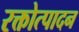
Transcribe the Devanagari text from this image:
रक्तोत्पादन